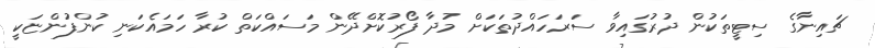
ޗައިނާގެ ސިޓީތަކުން ދުރުގައިވާ ސަރަހައްދުތަކަށް މުދާ ފޯރުކޮށްދޭން މަސައްކަތް ކުރާ ހަމައެކަނި ކުންފުންޏަކީ